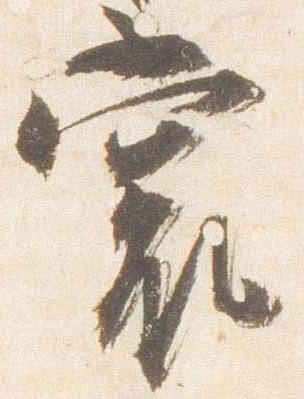
裳